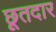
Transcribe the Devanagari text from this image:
छूतदार